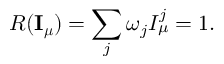
R ( { \bf I _ { \boldsymbol \mu } } ) = \sum _ { j } \omega _ { j } I _ { \mu } ^ { j } = 1 .